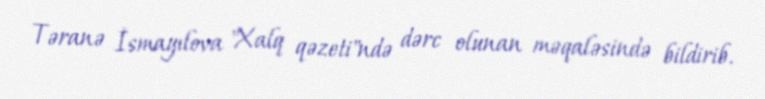
Təranə İsmayılova "Xalq qəzeti"ndə dərc olunan məqaləsində bildirib.